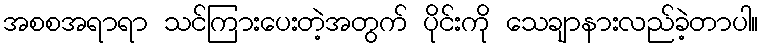
အစစအရာရာ သင်ကြားပေးတဲ့အတွက် ပိုင်းကို သေချာနားလည်ခဲ့တာပါ။